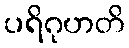
ပရိဂုဟတိ